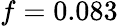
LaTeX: \mathnormal{f}=0.083